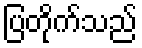
ပြတိုက်သည်